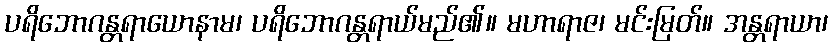
ပရိဘောဂန္တရာယောနာမ၊ ပရိဘောဂန္တရာယ်မည်၏။ မဟာရာဇ၊ မင်းမြတ်။ အန္တရာယာ၊